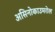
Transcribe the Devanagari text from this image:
असिनोकाउमरोल